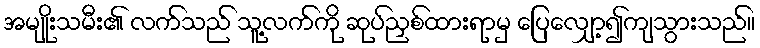
အမျိုးသမီး၏ လက်သည် သူ့လက်ကို ဆုပ်ညှစ်ထားရာမှ ပြေလျှော့၍ကျသွားသည်။